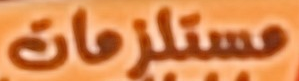
مستلزمات